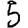
Digit: 5